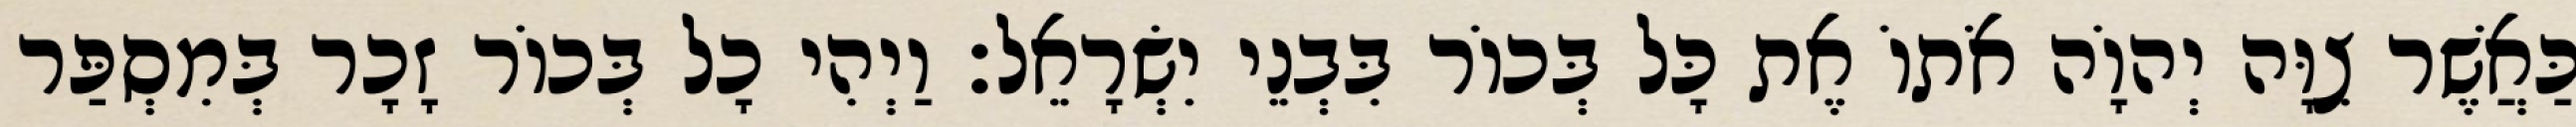
כַּאֲשֶׁר צִוָּה יְהוָֹה אֹתוֹ אֶת כָּל בְּכוֹר בִּבְנֵי יִשְׂרָאֵל׃ וַיְהִי כָל בְּכוֹר זָכָר בְּמִסְפַּר